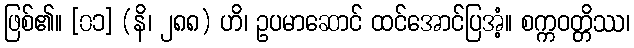
ဖြစ်၏။ [၀၁] (နိ၊ ၂၈၈) ဟိ၊ ဥပမာဆောင် ထင်အောင်ပြအံ့။ စက္ကဝတ္တိဿ၊